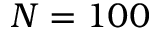
N = 1 0 0